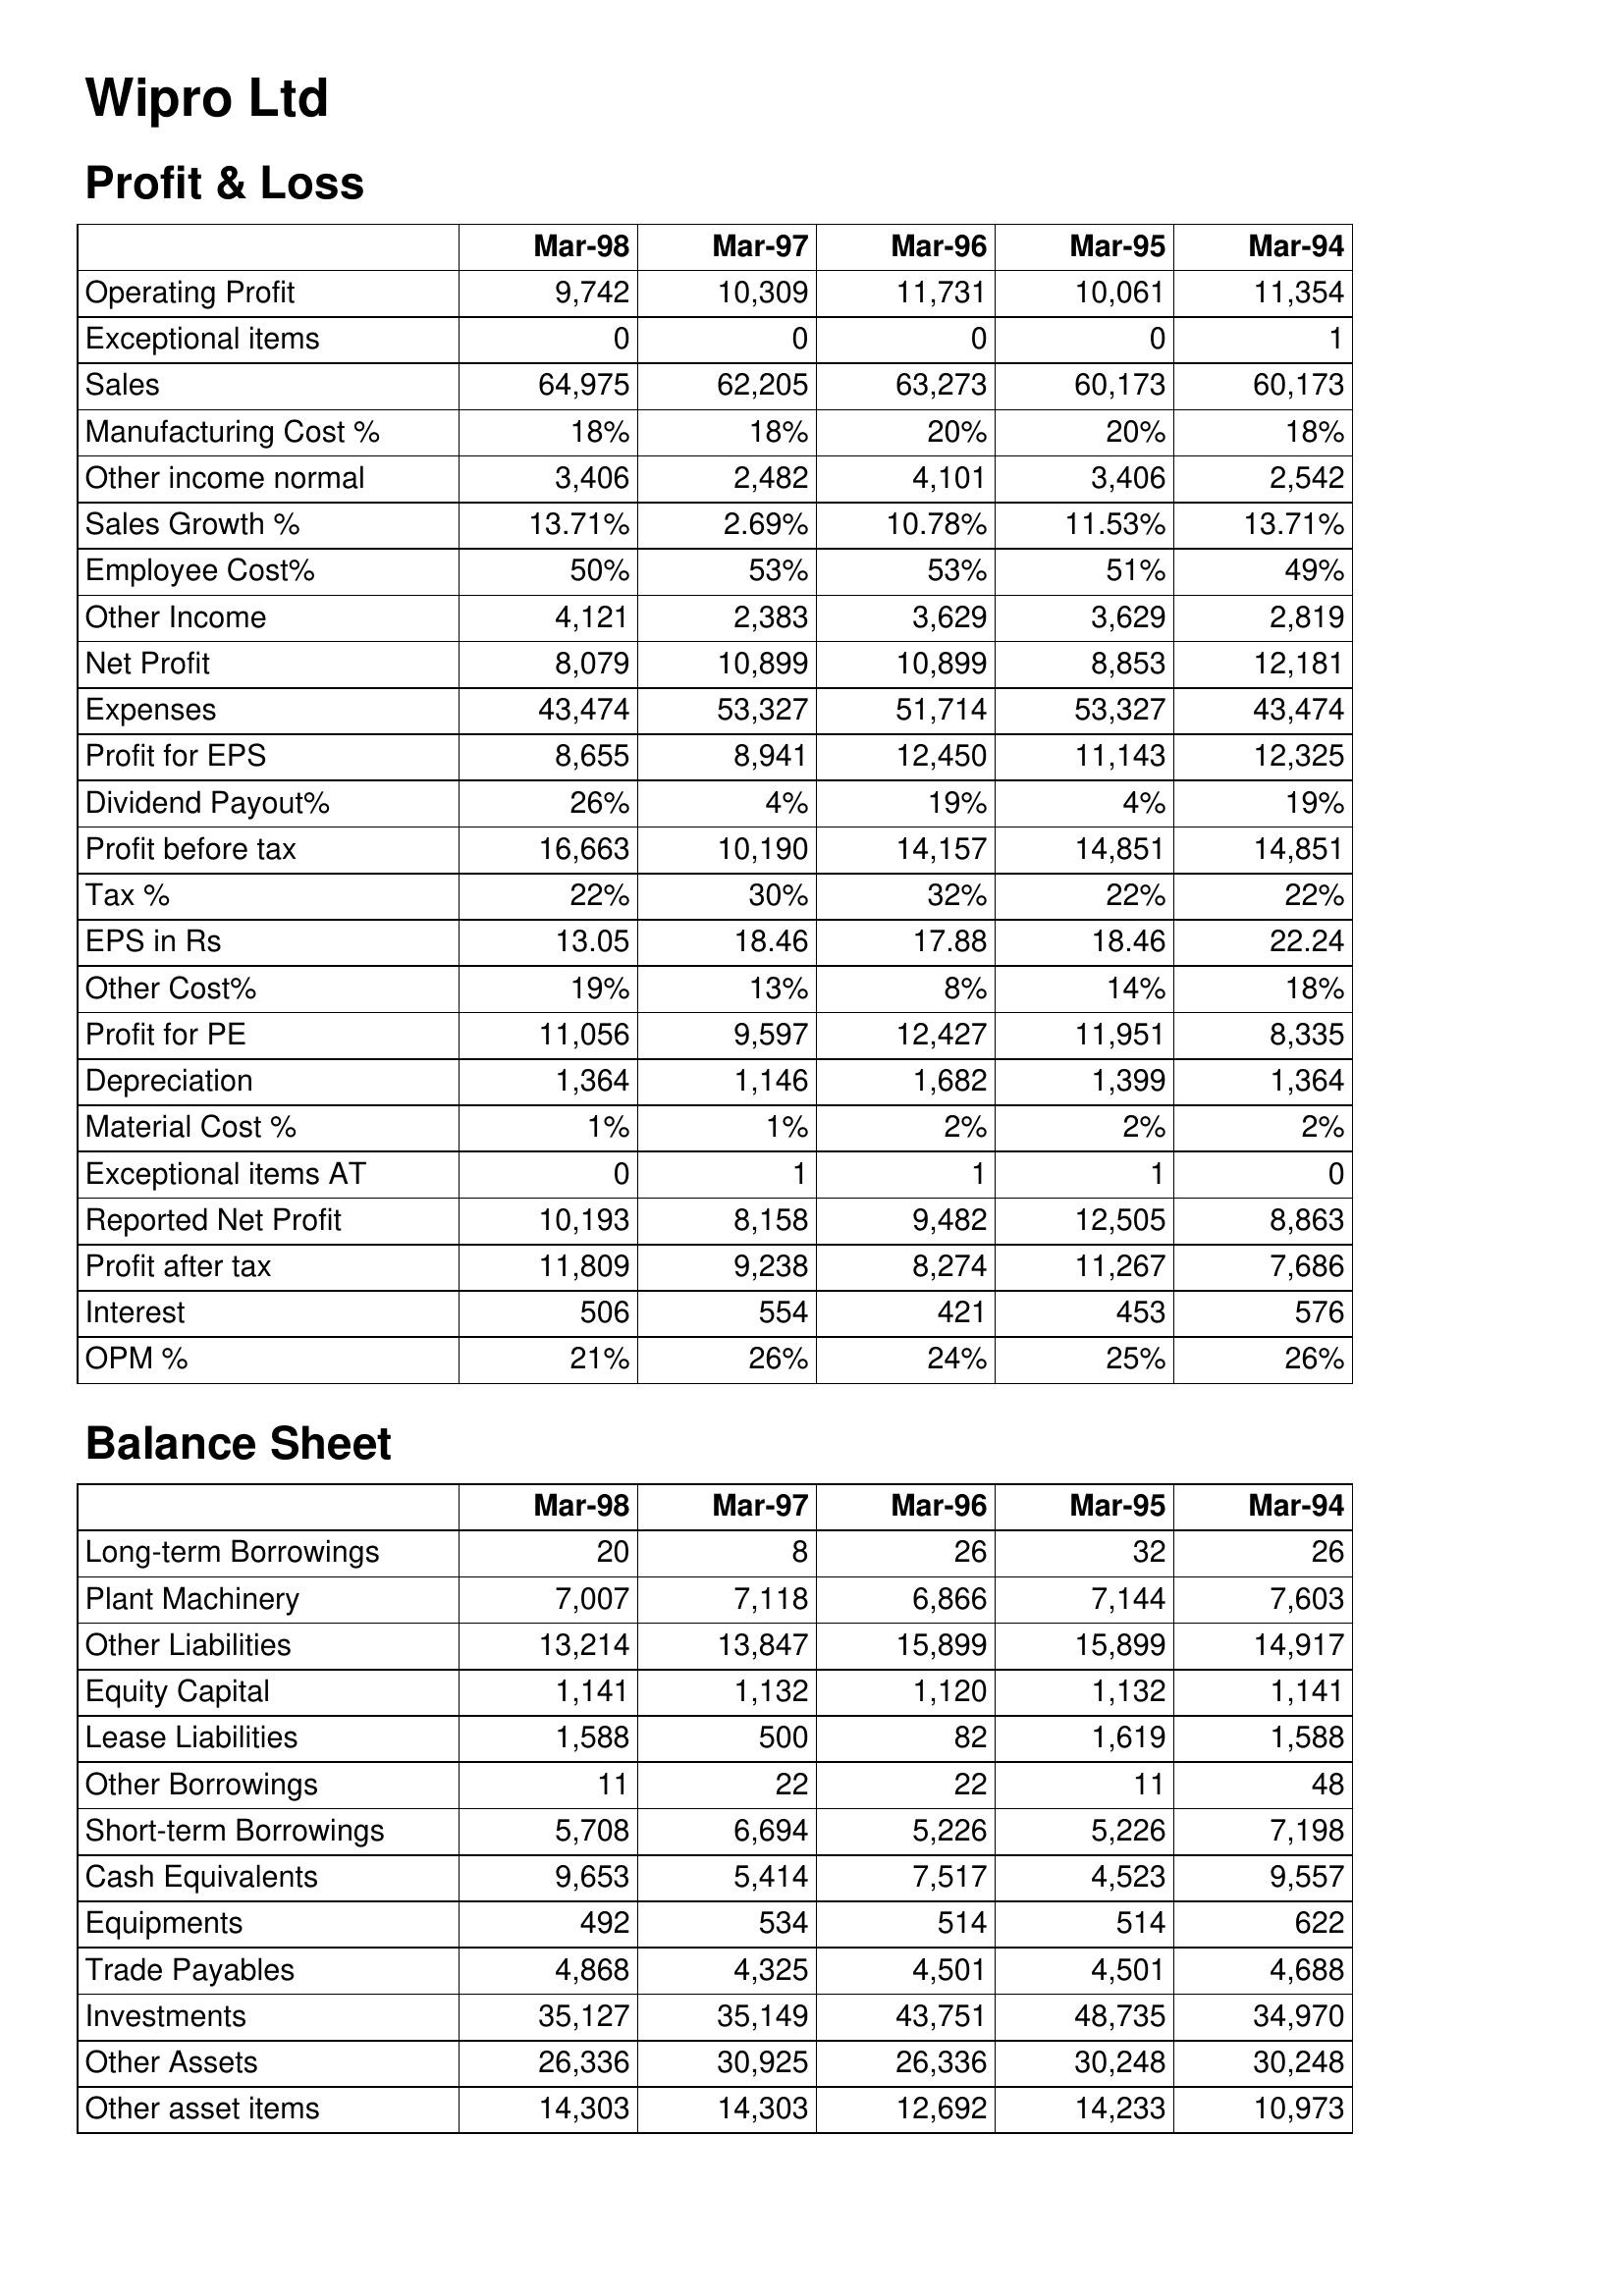
Mar-98: Profit & Loss: Operating Profit: 9,742
Exceptional items: 0
Sales: 64,975
Manufacturing Cost %: 18%
Other income normal: 3,406
Sales Growth %: 13.71%
Employee Cost%: 50%
Other Income: 4,121
Net Profit: 8,079
Expenses: 43,474
Profit for EPS: 8,655
Dividend Payout%: 26%
Profit before tax: 16,663
Tax %: 22%
EPS in Rs: 13.05
Other Cost%: 19%
Profit for PE: 11,056
Depreciation: 1,364
Material Cost %: 1%
Exceptional items AT: 0
Reported Net Profit: 10,193
Profit after tax: 11,809
Interest: 506
OPM %: 21%
Balance Sheet: Long-term Borrowings: 20
Plant Machinery: 7,007
Other Liabilities: 13,214
Equity Capital: 1,141
Lease Liabilities: 1,588
Other Borrowings: 11
Short-term Borrowings: 5,708
Cash Equivalents: 9,653
Equipments: 492
Trade Payables: 4,868
Investments: 35,127
Other Assets: 26,336
Other asset items: 14,303
Mar-97: Profit & Loss: Operating Profit: 10,309
Exceptional items: 0
Sales: 62,205
Manufacturing Cost %: 18%
Other income normal: 2,482
Sales Growth %: 2.69%
Employee Cost%: 53%
Other Income: 2,383
Net Profit: 10,899
Expenses: 53,327
Profit for EPS: 8,941
Dividend Payout%: 4%
Profit before tax: 10,190
Tax %: 30%
EPS in Rs: 18.46
Other Cost%: 13%
Profit for PE: 9,597
Depreciation: 1,146
Material Cost %: 1%
Exceptional items AT: 1
Reported Net Profit: 8,158
Profit after tax: 9,238
Interest: 554
OPM %: 26%
Balance Sheet: Long-term Borrowings: 8
Plant Machinery: 7,118
Other Liabilities: 13,847
Equity Capital: 1,132
Lease Liabilities: 500
Other Borrowings: 22
Short-term Borrowings: 6,694
Cash Equivalents: 5,414
Equipments: 534
Trade Payables: 4,325
Investments: 35,149
Other Assets: 30,925
Other asset items: 14,303
Mar-96: Profit & Loss: Operating Profit: 11,731
Exceptional items: 0
Sales: 63,273
Manufacturing Cost %: 20%
Other income normal: 4,101
Sales Growth %: 10.78%
Employee Cost%: 53%
Other Income: 3,629
Net Profit: 10,899
Expenses: 51,714
Profit for EPS: 12,450
Dividend Payout%: 19%
Profit before tax: 14,157
Tax %: 32%
EPS in Rs: 17.88
Other Cost%: 8%
Profit for PE: 12,427
Depreciation: 1,682
Material Cost %: 2%
Exceptional items AT: 1
Reported Net Profit: 9,482
Profit after tax: 8,274
Interest: 421
OPM %: 24%
Balance Sheet: Long-term Borrowings: 26
Plant Machinery: 6,866
Other Liabilities: 15,899
Equity Capital: 1,120
Lease Liabilities: 82
Other Borrowings: 22
Short-term Borrowings: 5,226
Cash Equivalents: 7,517
Equipments: 514
Trade Payables: 4,501
Investments: 43,751
Other Assets: 26,336
Other asset items: 12,692
Mar-95: Profit & Loss: Operating Profit: 10,061
Exceptional items: 0
Sales: 60,173
Manufacturing Cost %: 20%
Other income normal: 3,406
Sales Growth %: 11.53%
Employee Cost%: 51%
Other Income: 3,629
Net Profit: 8,853
Expenses: 53,327
Profit for EPS: 11,143
Dividend Payout%: 4%
Profit before tax: 14,851
Tax %: 22%
EPS in Rs: 18.46
Other Cost%: 14%
Profit for PE: 11,951
Depreciation: 1,399
Material Cost %: 2%
Exceptional items AT: 1
Reported Net Profit: 12,505
Profit after tax: 11,267
Interest: 453
OPM %: 25%
Balance Sheet: Long-term Borrowings: 32
Plant Machinery: 7,144
Other Liabilities: 15,899
Equity Capital: 1,132
Lease Liabilities: 1,619
Other Borrowings: 11
Short-term Borrowings: 5,226
Cash Equivalents: 4,523
Equipments: 514
Trade Payables: 4,501
Investments: 48,735
Other Assets: 30,248
Other asset items: 14,233
Mar-94: Profit & Loss: Operating Profit: 11,354
Exceptional items: 1
Sales: 60,173
Manufacturing Cost %: 18%
Other income normal: 2,542
Sales Growth %: 13.71%
Employee Cost%: 49%
Other Income: 2,819
Net Profit: 12,181
Expenses: 43,474
Profit for EPS: 12,325
Dividend Payout%: 19%
Profit before tax: 14,851
Tax %: 22%
EPS in Rs: 22.24
Other Cost%: 18%
Profit for PE: 8,335
Depreciation: 1,364
Material Cost %: 2%
Exceptional items AT: 0
Reported Net Profit: 8,863
Profit after tax: 7,686
Interest: 576
OPM %: 26%
Balance Sheet: Long-term Borrowings: 26
Plant Machinery: 7,603
Other Liabilities: 14,917
Equity Capital: 1,141
Lease Liabilities: 1,588
Other Borrowings: 48
Short-term Borrowings: 7,198
Cash Equivalents: 9,557
Equipments: 622
Trade Payables: 4,688
Investments: 34,970
Other Assets: 30,248
Other asset items: 10,973